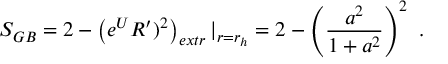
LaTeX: S _ { G B } = 2 - \left( e ^ { U } R ^ { \prime } ) ^ { 2 } \right) _ { e x t r } | _ { r = r _ { h } } = 2 - \left( { \frac { a ^ { 2 } } { 1 + a ^ { 2 } } } \right) ^ { 2 } \ .